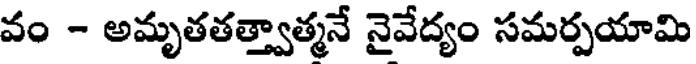
వం - అమృతతత్త్వాత్మనే నైవేద్యం సమర్పయామి